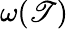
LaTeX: \omega(\mathscr{T})